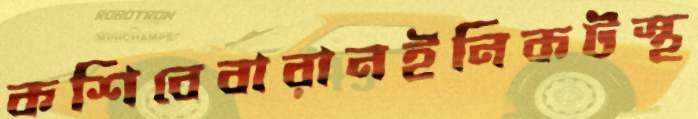
কশিবেবারানইনিকটস্থ